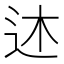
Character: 𫐠